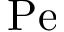
\mathrm { P e }